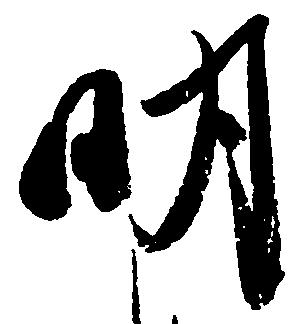
明